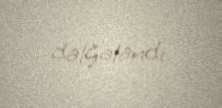
dalğalandı.